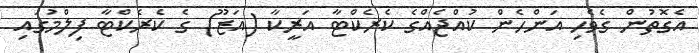
އެގޮތުން ގެވެހި އަންހެން ކުއްޖެއްގެ ކެރެކްޓާ އަރީކާ (އަޒޫ) ގެ ކެރެކްޓާ ފިލްމުގައި